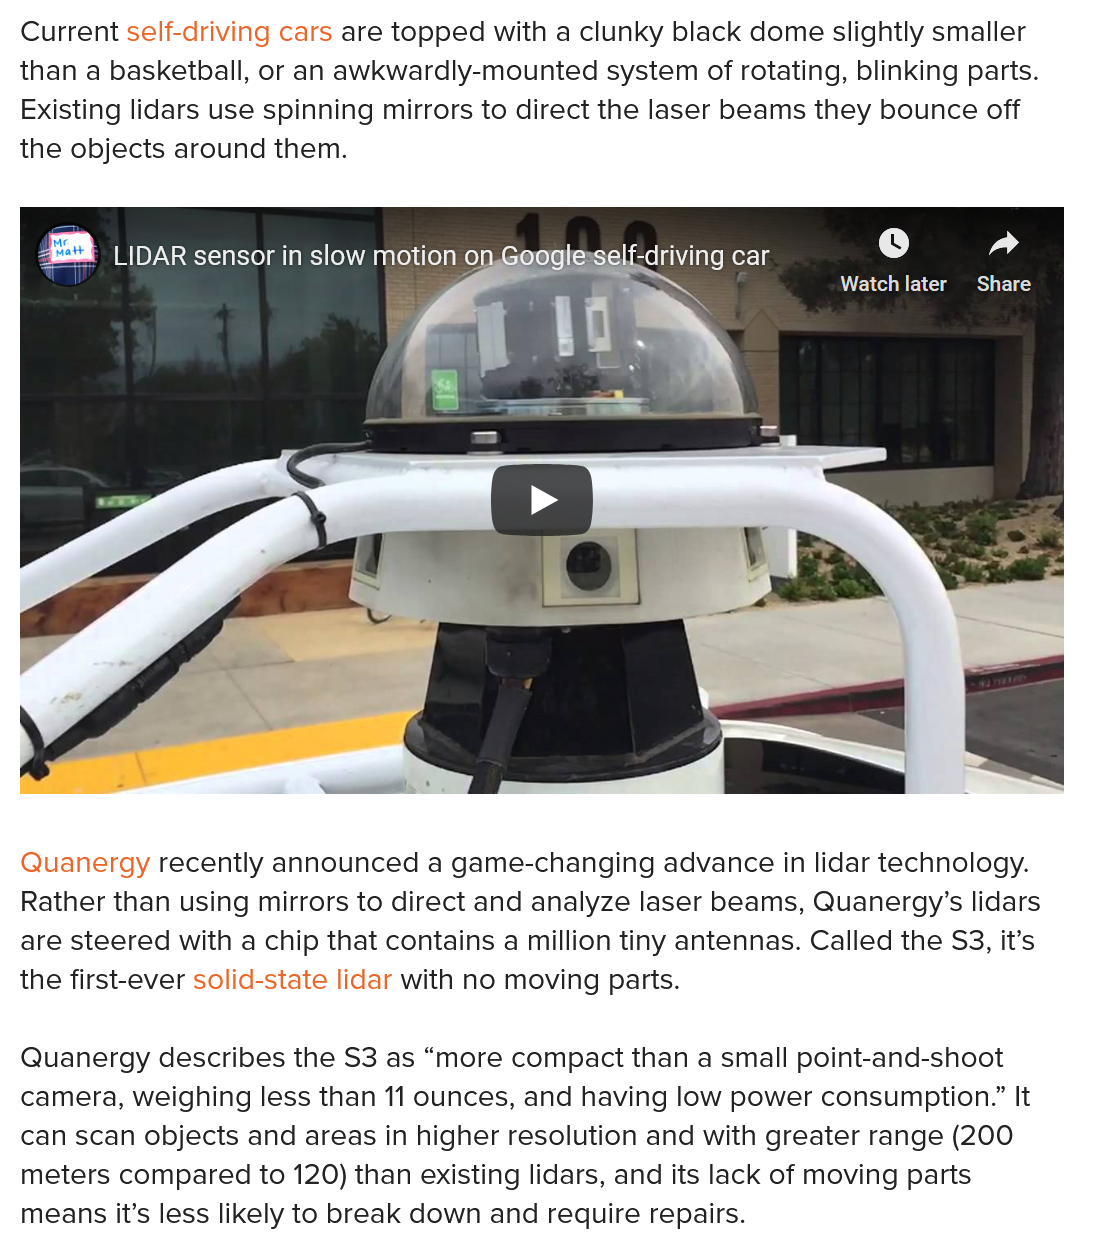
Current self-driving cars are topped with a clunky black dome slightly smaller
  than a basketball, or an awkwardly-mounted system of rotating, blinking parts.
  Existing lidars use spinning mirrors to direct the laser beams they bounce off
  the objects around them.

     driving car
     Co    lad a LIDAR sensor in slow motion o.
     U
     AEN cen elm TCS
     LIDAR sensor in slow motion on.Googlesself-driving car
  Quanergy recently announced a game-changing advance in lidar technology.
  Rather than using mirrors to direct and analyze laser beams, Quanergy’s lidars
  are steered with a chip that contains a million tiny antennas. Called the S3, it’s
  the first-ever solid-state lidar with no moving parts.
  Quanergy describes the S3 as “more compact than a small point-and-shoot
  camera, weighing less than 11 ounces, and having low power consumption.” It
  can scan objects and areas in higher resolution and with greater range (200
  meters compared to 120) than existing lidars, and its lack of moving parts
  means it’s less likely to break down and require repairs.